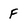
Character: F